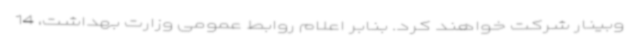
وبینار شرکت خواهند کرد. بنابر اعلام روابط عمومی وزارت بهداشت، 14